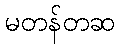
မတန်တဆ